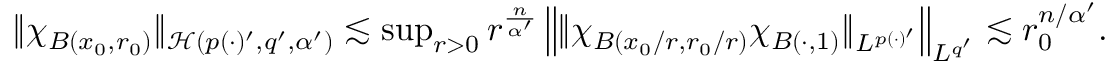
\begin{array} { r } { \| \chi _ { B ( x _ { 0 } , r _ { 0 } ) } \| _ { \mathcal { H } ( p ( \cdot ) ^ { \prime } , q ^ { \prime } , \alpha ^ { \prime } ) } \lesssim \operatorname* { s u p } _ { r > 0 } r ^ { \frac { n } { \alpha ^ { \prime } } } \left\| \| \chi _ { B ( x _ { 0 } / r , r _ { 0 } / r ) } \chi _ { B ( \cdot , 1 ) } \| _ { L ^ { p ( \cdot ) ^ { \prime } } } \right\| _ { L ^ { q ^ { \prime } } } \lesssim r _ { 0 } ^ { n / \alpha ^ { \prime } } . } \end{array}